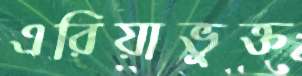
এরিয়াভুক্ত